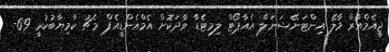
ޖީއެމްއާރް މާލޭ އިންޓަނޭޝަނަލް އެއާޕޯޓް ލިމިޓެޑާ ވާދަކޮށް އެމްއެންޑީއެފް މެޗު ކާމިޔާބުކުރީ 69-